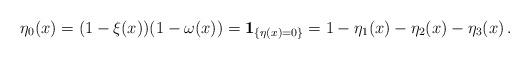
LaTeX: \begin{align*} \eta_0(x) = (1-\xi(x))(1-\omega(x)) = {\bf 1}_{\{\eta(x) =0\}} = 1-\eta_1(x)-\eta_2(x)- \eta_3(x) \, .\end{align*}